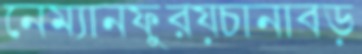
নেম্যানফুরয়চানাবড়